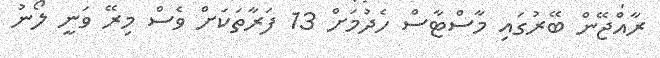
ރާއްޖޭން ބޭރުގައި މާސްޓާސް ހެދުމަށް 13 ފަރާތަކަށް ވެސް މިރޭ ވަނީ ލޯނު